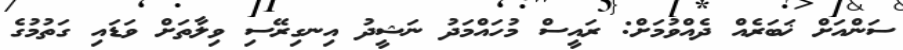
ސަންއަށް ޚަބަރެއް ދެއްވުމަށް: ރައީސް މުހައްމަދު ނަޝީދު އިނގިރޭސި ވިލާތަށް ވަޑައި ގަތުމުގެ